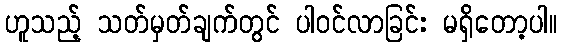
ဟူသည့် သတ်မှတ်ချက်တွင် ပါဝင်လာခြင်း မရှိတော့ပါ။